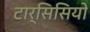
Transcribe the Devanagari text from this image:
टार्सिसियो